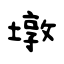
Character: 墩